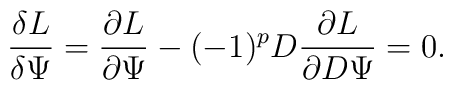
{\delta L\over \delta\Psi} = {\partial L\over \partial\Psi} -(-1)^{p}D{\partial L \over \partial D\Psi}=0.